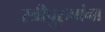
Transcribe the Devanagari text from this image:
स्त्रीपुरुषांना